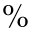
\%